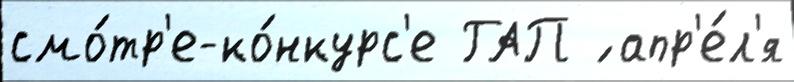
смо́тр'е-ко́нкурс'е ГАП ́ апр'е́л'я